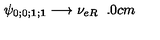
\psi _ { 0 ; 0 ; { \mathbf 1 } ; { \mathbf 1 } } \longrightarrow \nu _ { e R } \hspace { 6 . 0 c m }